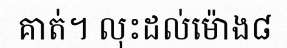
គាត់។ លុះដល់ម៉ោង៨